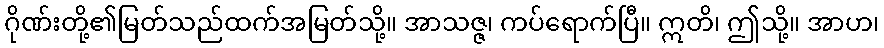
ဂိုဏ်းတို့၏မြတ်သည်ထက်အမြတ်သို့။ အာသဇ္ဇ၊ ကပ်ရောက်ပြီ။ ဣတိ၊ ဤသို့။ အာဟ၊